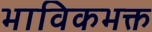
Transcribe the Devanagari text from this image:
भाविकभक्त